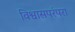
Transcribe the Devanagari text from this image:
विश्वासपरंपरा